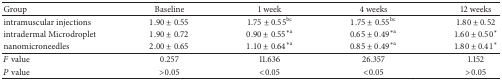
| Group | Baseline | 1 week | 4 weeks | 12 weeks |
 | --- | --- | --- | --- | --- |
 | intramuscular injections | 1.90 ± 0.55 | 1.75 ± 0.55bc | 1.75 ± 0.55bc | 1.80 ± 0.52 |
 | intradermal Microdroplet | 1.90 ± 0.72 | 0.90 ± 0.55∗a | 0.65 ± 0.49∗a | 1.60 ± 0.50∗ |
 | nanomicroneedles | 2.00 ± 0.65 | 1.10 ± 0.64∗a | 0.85 ± 0.49∗a | 1.80 ± 0.41∗ |
 | F value | 0.257 | 11.636 | 26.357 | 1.152 |
 | P value | >0.05 | <0.05 | <0.05 | >0.05 |